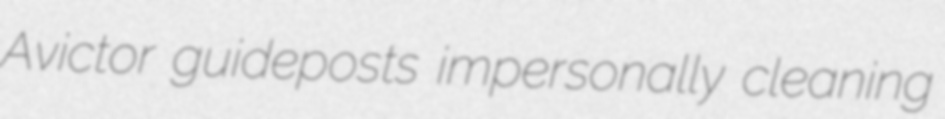
Avictor guideposts impersonally cleaning